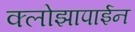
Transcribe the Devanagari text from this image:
क्लोझापाईन